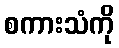
စကားသံကို